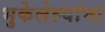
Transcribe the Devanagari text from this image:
भुकेलेल्यांना